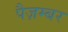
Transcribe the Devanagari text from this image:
पैज़म्बर